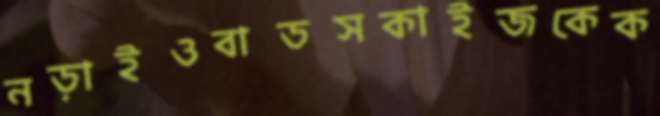
নড়াইওবাডসকাইজকেক